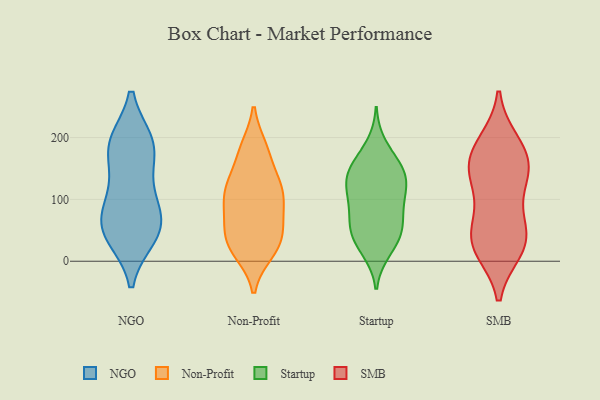
{"axis": {"x": "Website Visitors", "y": "Value"}, "legend": ["NGO", "Non-Profit", "SMB", "Startup"], "data": [{"x": "", "y": 118, "type": "NGO"}, {"x": "", "y": 178, "type": "NGO"}, {"x": "", "y": 44, "type": "NGO"}, {"x": "", "y": 41, "type": "NGO"}, {"x": "", "y": 191, "type": "NGO"}, {"x": "", "y": 188, "type": "NGO"}, {"x": "", "y": 53, "type": "NGO"}, {"x": "", "y": 66, "type": "NGO"}, {"x": "", "y": 190, "type": "NGO"}, {"x": "", "y": 63, "type": "NGO"}, {"x": "", "y": 103, "type": "NGO"}, {"x": "", "y": 121, "type": "Non-Profit"}, {"x": "", "y": 183, "type": "Non-Profit"}, {"x": "", "y": 105, "type": "Non-Profit"}, {"x": "", "y": 138, "type": "Non-Profit"}, {"x": "", "y": 108, "type": "Non-Profit"}, {"x": "", "y": 41, "type": "Non-Profit"}, {"x": "", "y": 19, "type": "Non-Profit"}, {"x": "", "y": 64, "type": "Non-Profit"}, {"x": "", "y": 31, "type": "Non-Profit"}, {"x": "", "y": 44, "type": "Non-Profit"}, {"x": "", "y": 81, "type": "Non-Profit"}, {"x": "", "y": 118, "type": "Non-Profit"}, {"x": "", "y": 121, "type": "Non-Profit"}, {"x": "", "y": 15, "type": "Non-Profit"}, {"x": "", "y": 56, "type": "Non-Profit"}, {"x": "", "y": 183, "type": "Non-Profit"}, {"x": "", "y": 176, "type": "Non-Profit"}, {"x": "", "y": 92, "type": "Non-Profit"}, {"x": "", "y": 15, "type": "Non-Profit"}, {"x": "", "y": 134, "type": "Startup"}, {"x": "", "y": 99, "type": "Startup"}, {"x": "", "y": 54, "type": "Startup"}, {"x": "", "y": 43, "type": "Startup"}, {"x": "", "y": 151, "type": "Startup"}, {"x": "", "y": 189, "type": "Startup"}, {"x": "", "y": 47, "type": "Startup"}, {"x": "", "y": 61, "type": "Startup"}, {"x": "", "y": 163, "type": "Startup"}, {"x": "", "y": 92, "type": "Startup"}, {"x": "", "y": 19, "type": "Startup"}, {"x": "", "y": 128, "type": "Startup"}, {"x": "", "y": 90, "type": "Startup"}, {"x": "", "y": 135, "type": "Startup"}, {"x": "", "y": 16, "type": "Startup"}, {"x": "", "y": 51, "type": "Startup"}, {"x": "", "y": 132, "type": "Startup"}, {"x": "", "y": 154, "type": "Startup"}, {"x": "", "y": 107, "type": "Startup"}, {"x": "", "y": 185, "type": "SMB"}, {"x": "", "y": 31, "type": "SMB"}, {"x": "", "y": 20, "type": "SMB"}, {"x": "", "y": 191, "type": "SMB"}, {"x": "", "y": 23, "type": "SMB"}, {"x": "", "y": 155, "type": "SMB"}, {"x": "", "y": 120, "type": "SMB"}, {"x": "", "y": 146, "type": "SMB"}, {"x": "", "y": 36, "type": "SMB"}, {"x": "", "y": 139, "type": "SMB"}, {"x": "", "y": 75, "type": "SMB"}, {"x": "", "y": 167, "type": "SMB"}, {"x": "", "y": 45, "type": "SMB"}]}